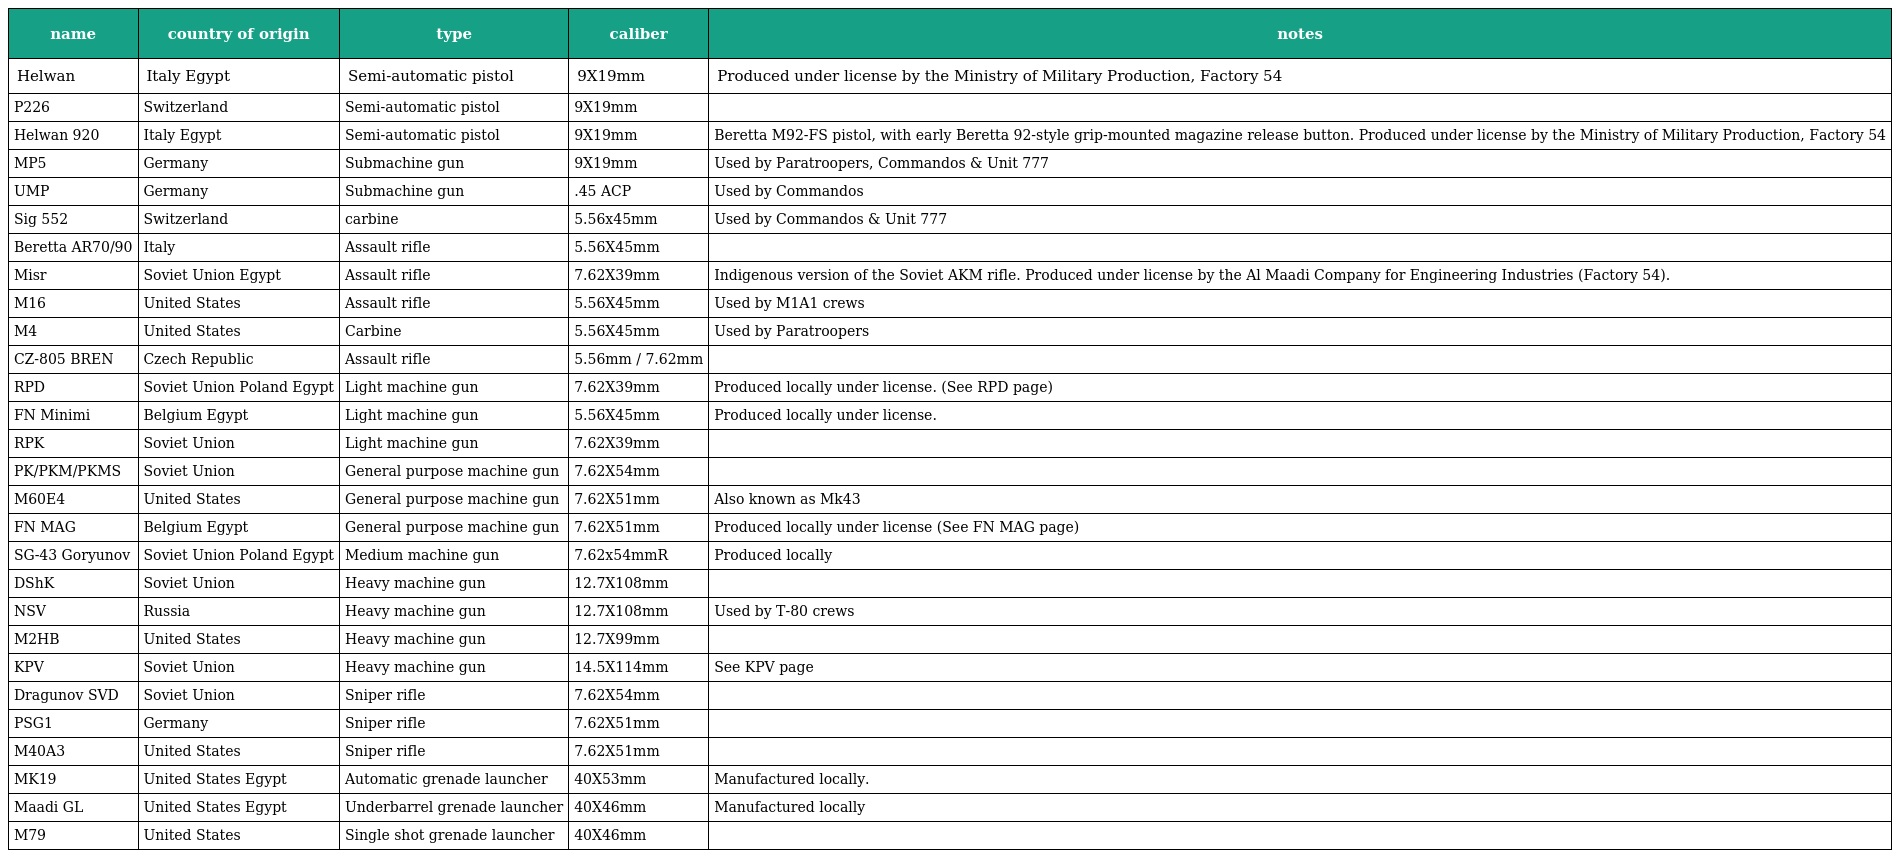
| name | country of origin | type | caliber | notes |
 | --- | --- | --- | --- | --- |
 | Helwan | Italy Egypt | Semi-automatic pistol | 9X19mm | Produced under license by the Ministry of Military Production, Factory 54 |
 | P226 | Switzerland | Semi-automatic pistol | 9X19mm |  |
 | Helwan 920 | Italy Egypt | Semi-automatic pistol | 9X19mm | Beretta M92-FS pistol, with early Beretta 92-style grip-mounted magazine release button. Produced under license by the Ministry of Military Production, Factory 54 |
 | MP5 | Germany | Submachine gun | 9X19mm | Used by Paratroopers, Commandos & Unit 777 |
 | UMP | Germany | Submachine gun | .45 ACP | Used by Commandos |
 | Sig 552 | Switzerland | carbine | 5.56x45mm | Used by Commandos & Unit 777 |
 | Beretta AR70/90 | Italy | Assault rifle | 5.56X45mm |  |
 | Misr | Soviet Union Egypt | Assault rifle | 7.62X39mm | Indigenous version of the Soviet AKM rifle. Produced under license by the Al Maadi Company for Engineering Industries (Factory 54). |
 | M16 | United States | Assault rifle | 5.56X45mm | Used by M1A1 crews |
 | M4 | United States | Carbine | 5.56X45mm | Used by Paratroopers |
 | CZ-805 BREN | Czech Republic | Assault rifle | 5.56mm / 7.62mm |  |
 | RPD | Soviet Union Poland Egypt | Light machine gun | 7.62X39mm | Produced locally under license. (See RPD page) |
 | FN Minimi | Belgium Egypt | Light machine gun | 5.56X45mm | Produced locally under license. |
 | RPK | Soviet Union | Light machine gun | 7.62X39mm |  |
 | PK/PKM/PKMS | Soviet Union | General purpose machine gun | 7.62X54mm |  |
 | M60E4 | United States | General purpose machine gun | 7.62X51mm | Also known as Mk43 |
 | FN MAG | Belgium Egypt | General purpose machine gun | 7.62X51mm | Produced locally under license (See FN MAG page) |
 | SG-43 Goryunov | Soviet Union Poland Egypt | Medium machine gun | 7.62x54mmR | Produced locally |
 | DShK | Soviet Union | Heavy machine gun | 12.7X108mm |  |
 | NSV | Russia | Heavy machine gun | 12.7X108mm | Used by T-80 crews |
 | M2HB | United States | Heavy machine gun | 12.7X99mm |  |
 | KPV | Soviet Union | Heavy machine gun | 14.5X114mm | See KPV page |
 | Dragunov SVD | Soviet Union | Sniper rifle | 7.62X54mm |  |
 | PSG1 | Germany | Sniper rifle | 7.62X51mm |  |
 | M40A3 | United States | Sniper rifle | 7.62X51mm |  |
 | MK19 | United States Egypt | Automatic grenade launcher | 40X53mm | Manufactured locally. |
 | Maadi GL | United States Egypt | Underbarrel grenade launcher | 40X46mm | Manufactured locally |
 | M79 | United States | Single shot grenade launcher | 40X46mm |  |